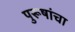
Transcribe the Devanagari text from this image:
पुरूषांचा